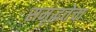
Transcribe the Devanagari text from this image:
समृद्धतेचा